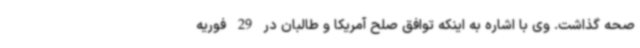
صحه گذاشت. وی با اشاره به اینکه توافق صلح آمریکا و طالبان در 29 فوریه